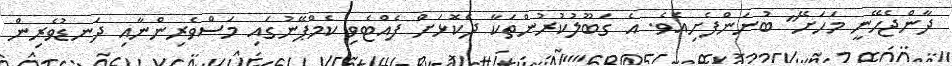
ދާންޖެހޭނީ މަހަށޭ" ބުނަންފެށިއެވެ. އެ ގަބޫލުކުރުންތަކާ ދެކޮޅަށް ފެއްޓެވި ކެމްޕޭނުގައި މަސްވެރިންނާއި ދަނޑުވެރިން